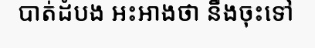
បាត់ដំបង អះអាងថា នឹងចុះទៅ